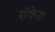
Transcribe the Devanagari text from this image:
रॉकेरा